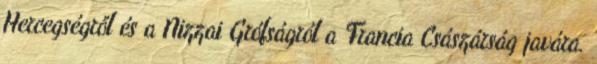
Hercegségről és a Nizzai Grófságról a Francia Császárság javára.